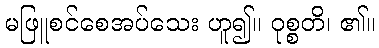
မဖြူစင်စေအပ်သေး ဟူ၍။ ဝုစ္စတိ၊ ၏။